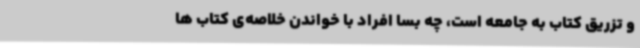
و تزریق کتاب به جامعه است، چه بسا افراد با خواندن خلاصه‌ی کتاب ها